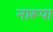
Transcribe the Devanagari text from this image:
नारूपा